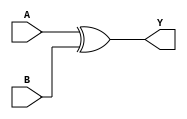
module XOR_Gate_Delay (
    input wire A,
    input wire B,
    output reg Y
);

reg intermediate;
reg [7:0] delay = 8'hFF; // Adjust delay value as needed

always @(A or B) begin
    intermediate = A ^ B;
    #delay Y = intermediate;  
end

endmodule